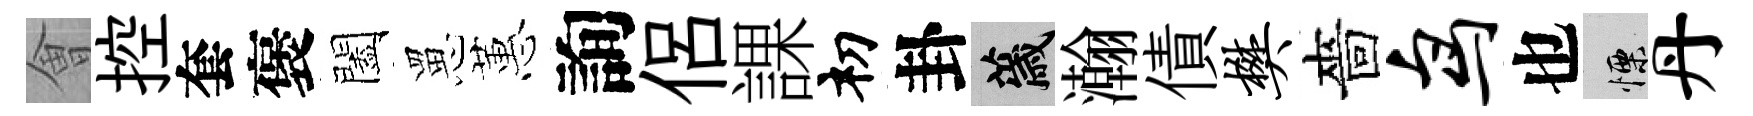
㑹控套褒闔罳蕙詢侶課𥘉卦薉瀚債樊嗇鸟也慄丹